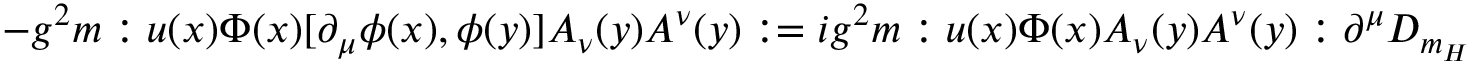
- g ^ { 2 } m : u ( x ) \Phi ( x ) [ \partial _ { \mu } \phi ( x ) , \phi ( y ) ] A _ { \nu } ( y ) A ^ { \nu } ( y ) : = i g ^ { 2 } m : u ( x ) \Phi ( x ) A _ { \nu } ( y ) A ^ { \nu } ( y ) : \partial ^ { \mu } D _ { m _ { H } } ( x - y ) .